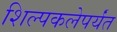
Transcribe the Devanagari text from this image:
शिल्पकलेपर्यंत